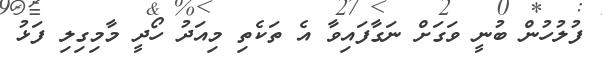
ފުލުހުން ބުނީ ވަގަށް ނަގާފައިވާ އެ ތަކެތި މިއަދު ހޯދީ މާމިގިލި ފަޅު